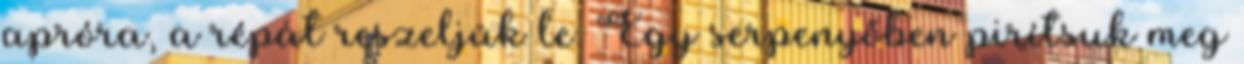
apróra, a répát reszeljük le. Egy serpenyőben pirítsuk meg